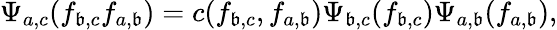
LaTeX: \Psi_{a,c}(f_{\mathfrak{b},c}f_{a,\mathfrak{b}})=c(f_{\mathfrak{b},c},f_{a,\mathfrak{b}})\Psi_{\mathfrak{b},c}(f_{\mathfrak{b},c})\Psi_{a,\mathfrak{b}}(f_{a,\mathfrak{b}}),